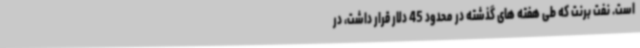
است. نفت برنت که طی هفته های گذشته در محدود 45 دلار قرار داشت، در